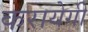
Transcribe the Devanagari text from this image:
करायेगी